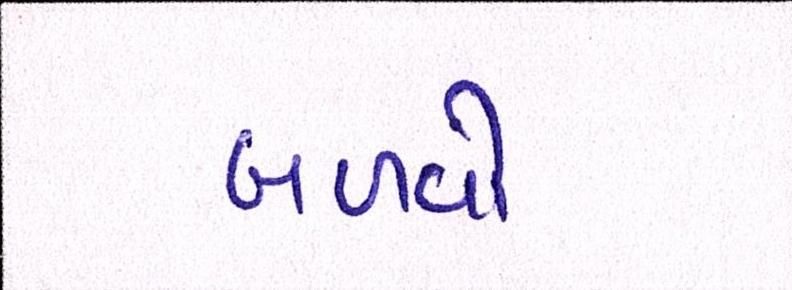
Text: બળવો